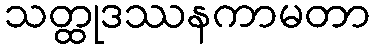
သတ္ထုဒဿနကာမတာ